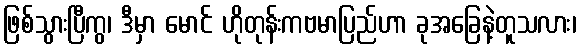
ဖြစ်သွားပြီကွ၊ ဒီမှာ မောင် ဟိုတုန်းကဗမာပြည်ဟာ ခုအခြေနဲ့တူသလား၊